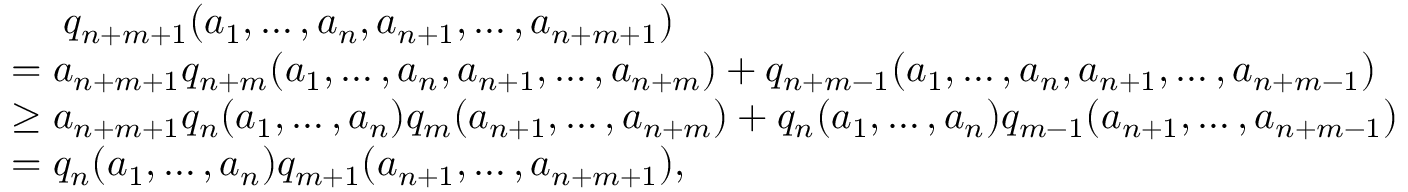
\begin{array} { r l } & { \ \ \ \ q _ { n + m + 1 } ( a _ { 1 } , \ldots , a _ { n } , a _ { n + 1 } , \ldots , a _ { n + m + 1 } ) } \\ & { = a _ { n + m + 1 } q _ { n + m } ( a _ { 1 } , \ldots , a _ { n } , a _ { n + 1 } , \ldots , a _ { n + m } ) + q _ { n + m - 1 } ( a _ { 1 } , \ldots , a _ { n } , a _ { n + 1 } , \ldots , a _ { n + m - 1 } ) } \\ & { \ge a _ { n + m + 1 } q _ { n } ( a _ { 1 } , \ldots , a _ { n } ) q _ { m } ( a _ { n + 1 } , \ldots , a _ { n + m } ) + q _ { n } ( a _ { 1 } , \ldots , a _ { n } ) q _ { m - 1 } ( a _ { n + 1 } , \ldots , a _ { n + m - 1 } ) } \\ & { = q _ { n } ( a _ { 1 } , \ldots , a _ { n } ) q _ { m + 1 } ( a _ { n + 1 } , \ldots , a _ { n + m + 1 } ) , } \end{array}